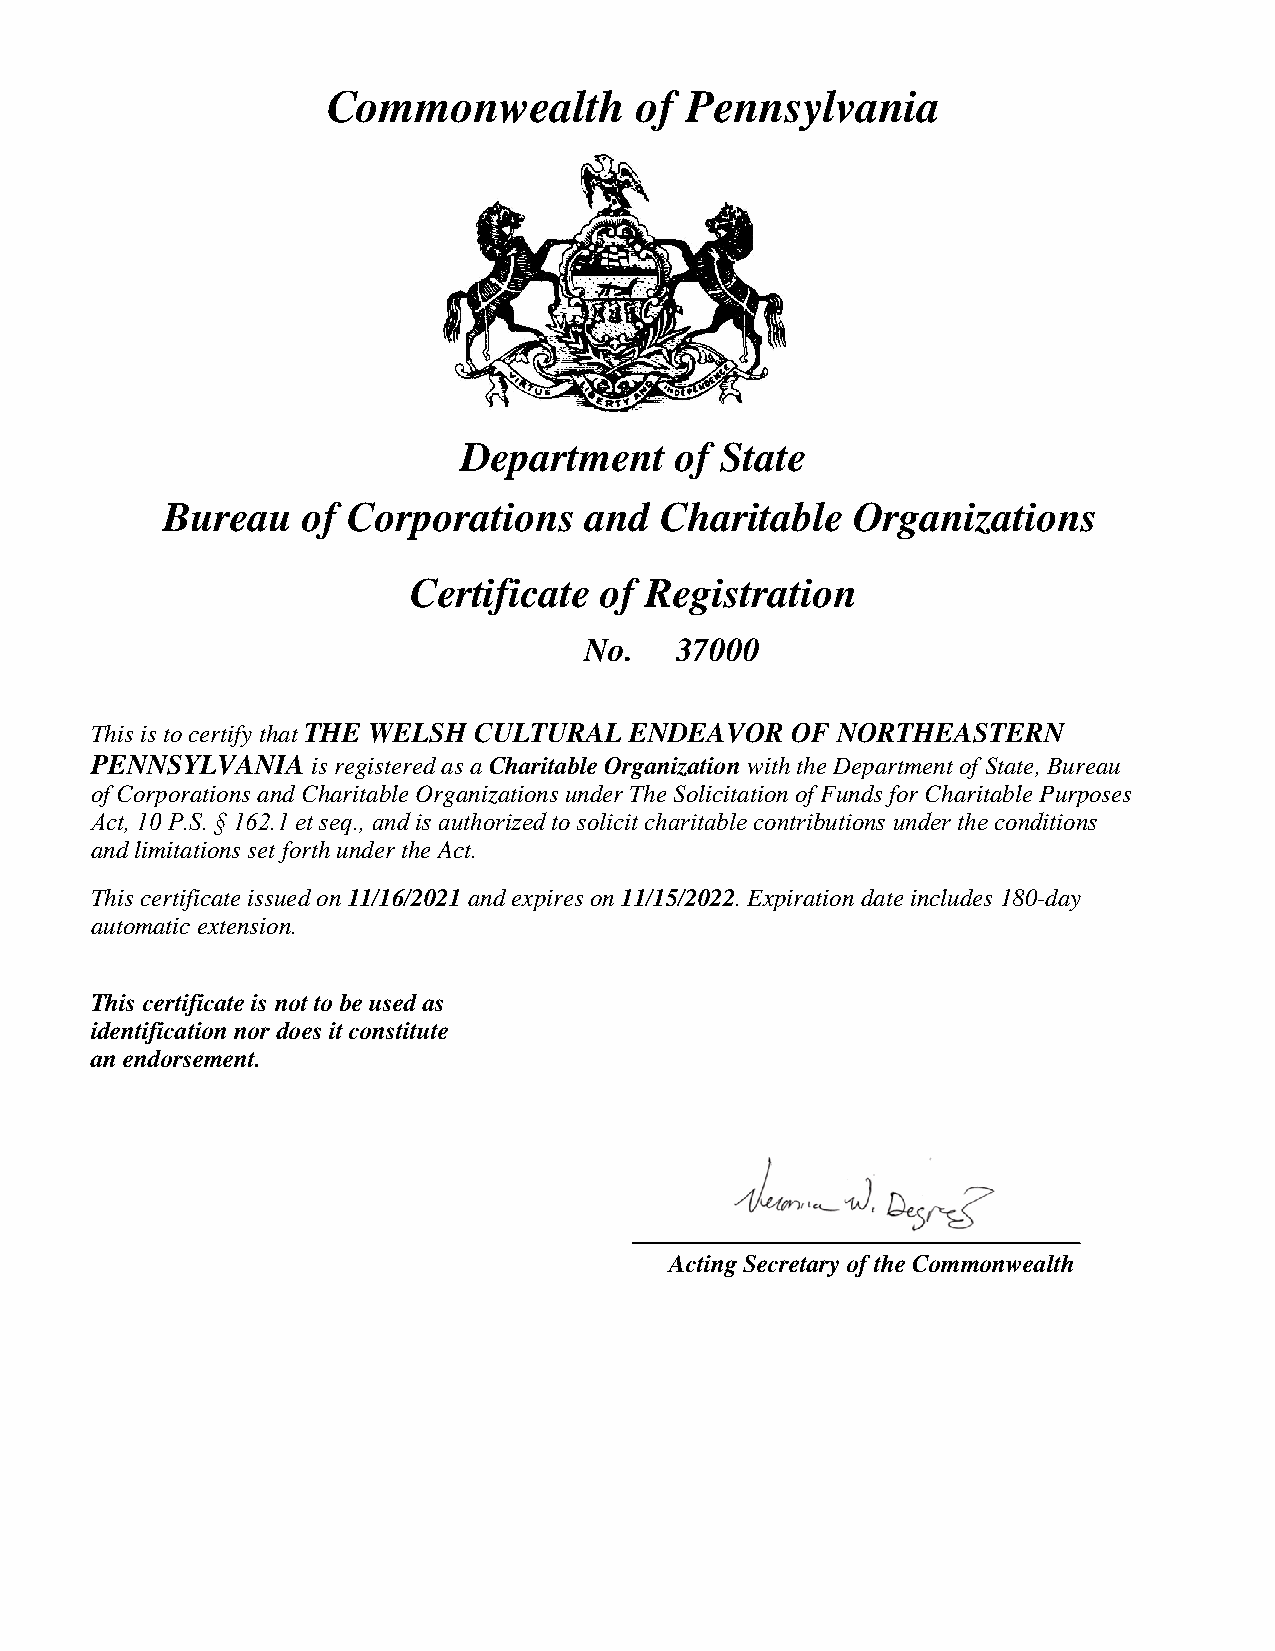
Commonwealth        of Pennsylvania
 Department    of State
 Bureau   of Corporations    and  Charitable   Organizations
 Certificate  of Registration
 No.   37000
 This is to certify that THE WELSH CULTURAL ENDEAVOR OF NORTHEASTERN
 PENNSYLVANIA   is registered as a Charitable Organization with the Department of State, Bureau
 of Corporations and Charitable Organizations under The Solicitation of Funds for Charitable Purposes
 Act, 10 P.S. § 162.1 et seq., and is authorized to solicit charitable contributions under the conditions
 and limitations set forth under the Act.
 This certificate issued on 11/16/2021 and expires on 11/15/2022. Expiration date includes 180-day
 automatic extension.
 This certificate is not to be used as
 identification nor does it constitute
 an endorsement.
 Acting Secretary of the Commonwealth